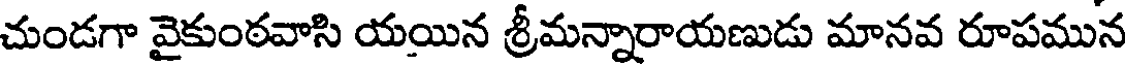
చుండగా వైకుంఠవాసి యయిన శ్రీమన్నారాయణుడు మానవ రూపమున